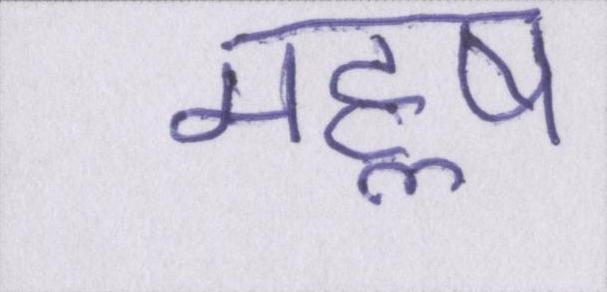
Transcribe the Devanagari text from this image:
महॢष